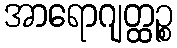
အာရောဂျတ္ထဉ္စ